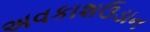
અવકાશઉડાન